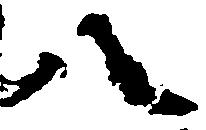
八